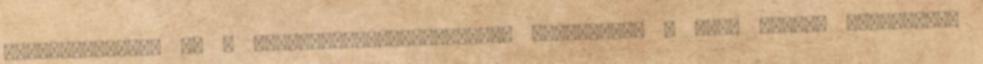
gyógyszerlobbi él a technológiavisszatartás eszközével a maga haszna érdekében.